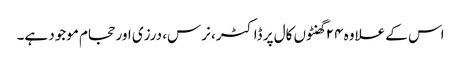
اس کے علاوہ ۲۴ گھنٹوں کال پر ڈاکٹر، نرس، درزی اور حجام موجود ہے۔